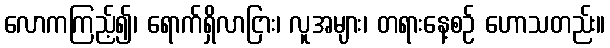
လောကကြည့်၍၊ ရောက်ရှိလာငြား၊ လူအများ၊ တရားနေ့စဉ် ဟောသတည်း။